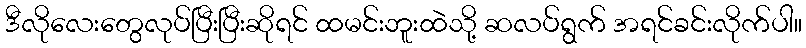
ဒီလိုလေးတွေလုပ်ပြီးပြီးဆိုရင် ထမင်းဘူးထဲသို့ ဆလပ်ရွက် အရင်ခင်းလိုက်ပါ။